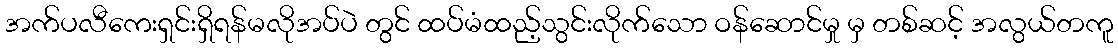
အက်ပလီကေးရှင်းရှိရန်မလိုအပ်ပဲ တွင် ထပ်မံထည့်သွင်းလိုက်သော ဝန်ဆောင်မှု မှ တစ်ဆင့် အလွယ်တကူ